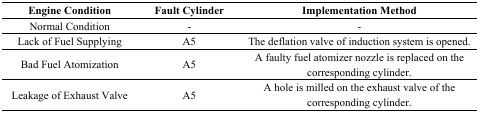
| Engine Condition | Fault Cylinder | Implementation Method |
 | --- | --- | --- |
 | Normal Condition | - | - |
 | Lack of Fuel Supplying | A5 | The deflation valve of induction system is opened. |
 | Bad Fuel Atomization | A5 | A faulty fuel atomizer nozzle is replaced on the corresponding cylinder. |
 | Leakage of Exhaust Valve | A5 | A hole is milled on the exhaust valve of the corresponding cylinder. |